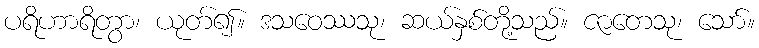
ပရိဟာရိတွာ၊ ယုတ်၍။ ဒသဝေဿသု၊ ဆယ်နှစ်တို့သည်။ ဇာတေသု၊ သော်။